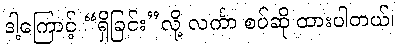
ဒါ့ကြောင့် “ရှိခြင်း”လို့ လင်္ကာ စပ်ဆို ထားပါတယ်၊